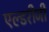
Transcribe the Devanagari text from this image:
एल्डरीजी